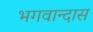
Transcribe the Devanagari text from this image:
भगवान्दास